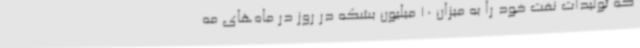
که تولیدات نفت خود را به میزان 10 میلیون بشکه در روز در ماه‌های مه